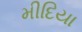
મીદિયા